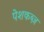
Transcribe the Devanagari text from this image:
पेशकब्ज़